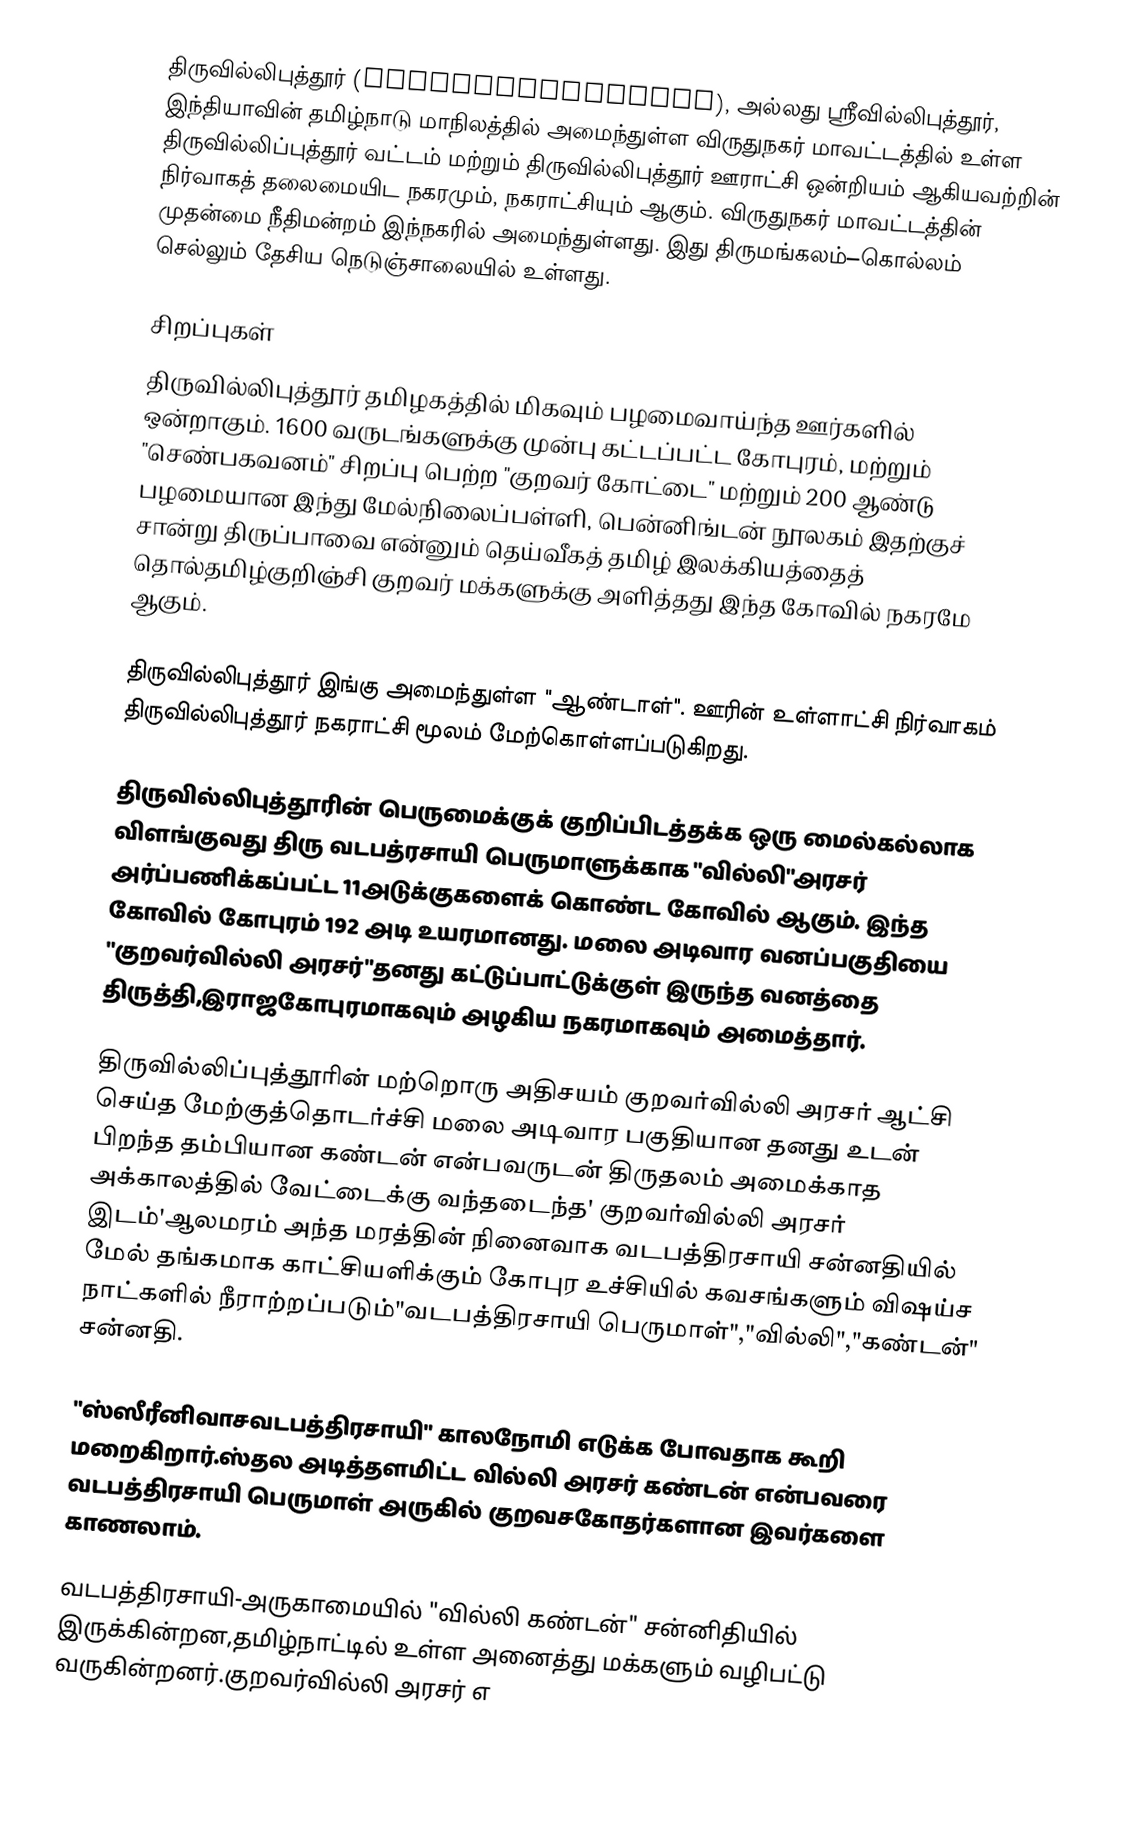
திருவில்லிபுத்தூர் (Thiruvilliputhur), அல்லது ஶ்ரீவில்லிபுத்தூர், இந்தியாவின் தமிழ்நாடு மாநிலத்தில் அமைந்துள்ள விருதுநகர் மாவட்டத்தில் உள்ள திருவில்லிப்புத்தூர் வட்டம் மற்றும் திருவில்லிபுத்தூர் ஊராட்சி ஒன்றியம் ஆகியவற்றின் நிர்வாகத் தலைமையிட நகரமும், நகராட்சியும் ஆகும். விருதுநகர் மாவட்டத்தின் முதன்மை நீதிமன்றம் இந்நகரில் அமைந்துள்ளது. இது திருமங்கலம்–கொல்லம் செல்லும் தேசிய நெடுஞ்சாலையில் உள்ளது.

சிறப்புகள்
திருவில்லிபுத்தூர் தமிழகத்தில் மிகவும் பழமைவாய்ந்த ஊர்களில் ஒன்றாகும். 1600 வருடங்களுக்கு முன்பு கட்டப்பட்ட கோபுரம், மற்றும் "செண்பகவனம்" சிறப்பு பெற்ற "குறவர் கோட்டை" மற்றும் 200 ஆண்டு பழமையான இந்து மேல்நிலைப்பள்ளி, பென்னிங்டன் நூலகம் இதற்குச் சான்று  திருப்பாவை என்னும் தெய்வீகத் தமிழ் இலக்கியத்தைத் தொல்தமிழ்குறிஞ்சி குறவர் மக்களுக்கு அளித்தது இந்த கோவில் நகரமே ஆகும்.

திருவில்லிபுத்தூர் இங்கு அமைந்துள்ள "ஆண்டாள்". ஊரின் உள்ளாட்சி நிர்வாகம் திருவில்லிபுத்தூர் நகராட்சி மூலம் மேற்கொள்ளப்படுகிறது.

திருவில்லிபுத்தூரின் பெருமைக்குக் குறிப்பிடத்தக்க ஒரு மைல்கல்லாக விளங்குவது திரு வடபத்ரசாயி பெருமாளுக்காக "வில்லி"அரசர் அர்ப்பணிக்கப்பட்ட 11அடுக்குகளைக் கொண்ட கோவில் ஆகும். இந்த கோவில் கோபுரம் 192 அடி உயரமானது. மலை அடிவார வனப்பகுதியை "குறவர்வில்லி அரசர்"தனது கட்டுப்பாட்டுக்குள் இருந்த வனத்தை திருத்தி,இராஜகோபுரமாகவும் அழகிய நகரமாகவும் அமைத்தார்.

திருவில்லிப்புத்தூரின் மற்றொரு அதிசயம் குறவர்வில்லி அரசர் ஆட்சி செய்த மேற்குத்தொடர்ச்சி மலை அடிவார பகுதியான தனது உடன் பிறந்த தம்பியான கண்டன் என்பவருடன் திருதலம் அமைக்காத அக்காலத்தில் வேட்டைக்கு வந்தடைந்த' குறவர்வில்லி அரசர் இடம்'ஆலமரம் அந்த மரத்தின் நினைவாக வடபத்திரசாயி சன்னதியில் மேல் தங்கமாக காட்சியளிக்கும் கோபுர உச்சியில் கவசங்களும் விஷய்ச நாட்களில் நீராற்றப்படும்"வடபத்திரசாயி பெருமாள்","வில்லி","கண்டன்" சன்னதி.

"ஸ்ஸீரீனிவாசவடபத்திரசாயி" காலநோமி எடுக்க போவதாக  கூறி மறைகிறார்.ஸ்தல அடித்தளமிட்ட வில்லி அரசர் கண்டன் என்பவரை வடபத்திரசாயி பெருமாள் அருகில் குறவசகோதர்களான இவர்களை காணலாம்.

வடபத்திரசாயி-அருகாமையில்  "வில்லி கண்டன்" சன்னிதியில் இருக்கின்றன,தமிழ்நாட்டில் உள்ள அனைத்து மக்களும் வழிபட்டு வருகின்றனர்.குறவர்வில்லி அரசர் எ